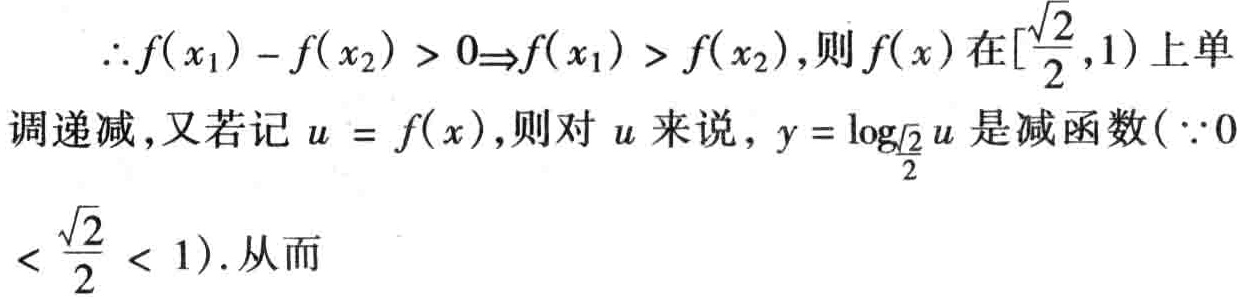
\(\therefore f(x_1)-f(x_2)>0\Rightarrow f(x_1)>f(x_2),则f(x)在[\frac{\sqrt{2}}{2},1)上单\\调递减,又若记u = f(x),则对u来说,y = \log_{\frac{\sqrt{2}}{2}}u是减函数(\because 0\\<\frac{\sqrt{2}}{2}<1).从而\)